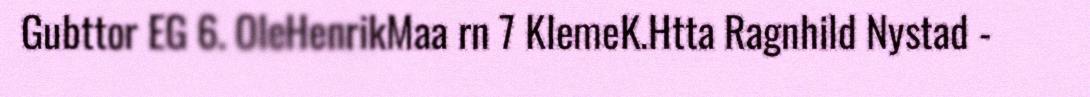
Gubttor EG 6. OleHenrikMaa rn 7 KlemeK.Htta Ragnhild Nystad -